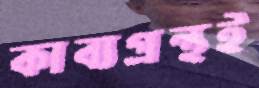
কাব্যগ্রন্থই